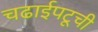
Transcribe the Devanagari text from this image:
चढाईपटूची